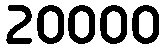
20000